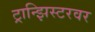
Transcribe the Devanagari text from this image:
ट्रान्झिस्टरवर